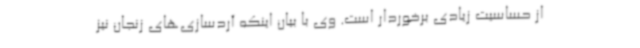
از حساسیت زیادی برخوردار است. وی با بیان اینکه آردسازی‌های زنجان نیز